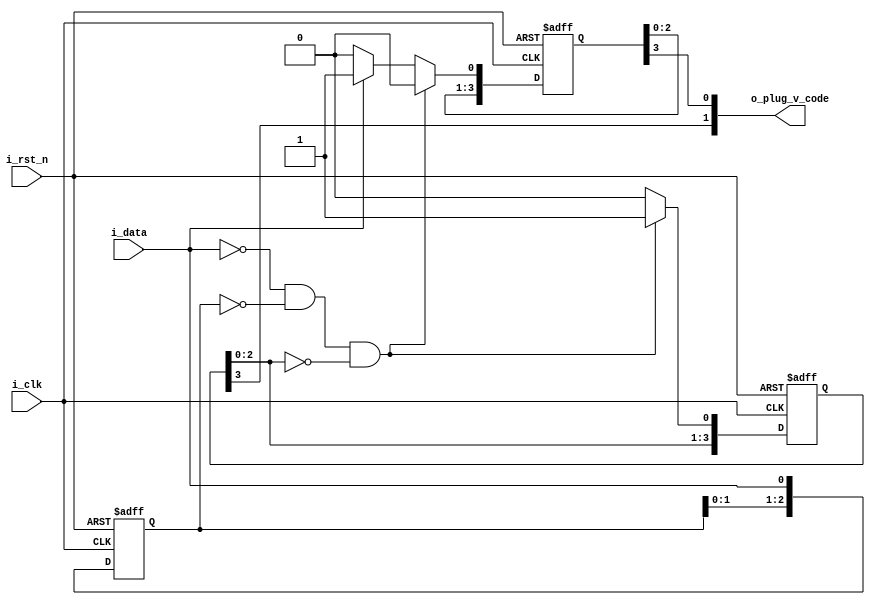
`timescale 1ns/1ns

module hdb3_plug_v(
  input i_rst_n,
  input i_clk,
  input i_data,
  output [1:0] o_plug_v_code
);

reg [1:0] r_plug_v_code;
reg [3:0] r_plug_v_code_h;
reg [3:0] r_plug_v_code_l;
reg [2:0] r_data_shift;

assign o_plug_v_code={r_plug_v_code_h[3],r_plug_v_code_l[3]};

always@(posedge i_clk,negedge i_rst_n)
begin
  if(1'b0==i_rst_n)
  begin
    r_data_shift<=3'b111;
  end
  else
  begin
    r_data_shift<={r_data_shift[1:0],i_data};
  end
 end
 
 always@(posedge i_clk,negedge i_rst_n)
 begin
  if(1'b0==i_rst_n)
  begin
    r_plug_v_code_h<=4'b0000;
    r_plug_v_code_l<=4'b0000;
  end
  else
  begin
    if(1'b0==i_data&&r_data_shift==3'b000&&3'b000==r_plug_v_code_h[2:0])
    begin
      r_plug_v_code_h<={r_plug_v_code_h[2:0],1'b1};
      r_plug_v_code_l<={r_plug_v_code_l[2:0],1'b0};
    end
    else if(1'b1==i_data)
    begin
      r_plug_v_code_h<={r_plug_v_code_h[2:0],1'b0};
      r_plug_v_code_l<={r_plug_v_code_l[2:0],1'b1};
    end
    else
    begin
       r_plug_v_code_h<={r_plug_v_code_h[2:0],1'b0};
       r_plug_v_code_l<={r_plug_v_code_l[2:0],1'b0};
    end
  end
end
endmodule